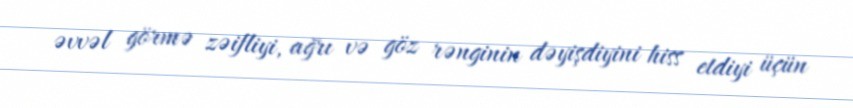
əvvəl görmə zəifliyi, ağrı və göz rənginin dəyişdiyini hiss etdiyi üçün